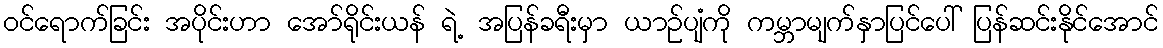
ဝင်ရောက်ခြင်း အပိုင်းဟာ အော်ရိုင်းယန် ရဲ့ အပြန်ခရီးမှာ ယာဉ်ပျံကို ကမ္ဘာမျက်နှာပြင်ပေါ် ပြန်ဆင်းနိုင်အောင်